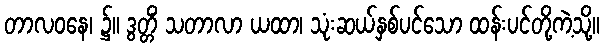
တာလဝနေ၊ ၌။ ဒွတ္တိံ သတာလာ ယထာ၊ သုံးဆယ်နှစ်ပင်သော ထန်းပင်တို့ကဲ့သို့။